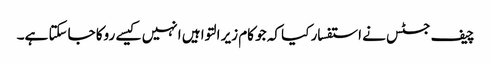
چیف جسٹس نے استفسار کیا کہ جو کام زیر التوا ہیں انہیں کیسے روکا جاسکتا ہے۔